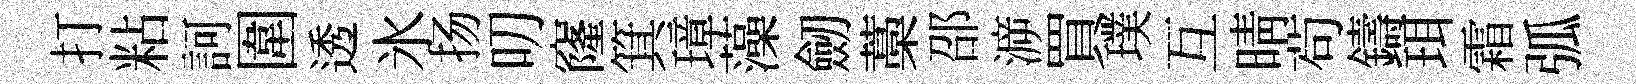
打粘訶圍透氷扬叨窿箕璋藻劒藁邵㴑買璞互晴茍鑄珥霜弧